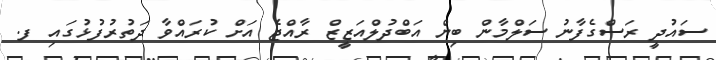
ސައުދީ ރަސްގެފާނު ސަލްމާން ބިން އަބްދުލްއަޒީޒް ރާއްޖެ އަށް ކުރައްވާ ދަތުރުފުޅުގައި ފ.